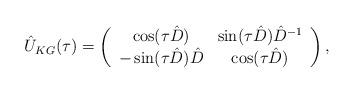
LaTeX: \begin{align*}\hat{U}_{KG}(\tau) = \left(\begin{array}{cc} \cos(\tau\hat{D}) & \sin(\tau\hat{D})\hat{D}^{-1} \\-\sin(\tau\hat{D})\hat{D} & \cos(\tau\hat{D})\end{array}\right),\end{align*}